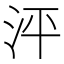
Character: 泙